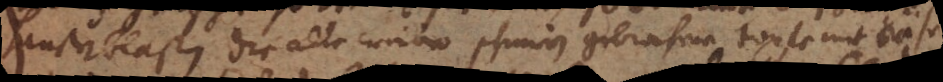
hausenblasen. Die alte weiber schienen gebrochene topfe mit Käse